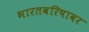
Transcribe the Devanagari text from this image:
भारतवरिषावर